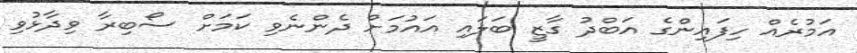
އަމުރެއް ހިފައިންގެ އަބްދު ގާޒީ ބަލައި އައުމަށް ދެންނެވި ކަމަށް ސޯބިރާ ވިދާޅުވި